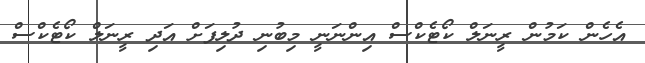
އެހެން ކަމުން ރީނަލް ކޯޓެކްސް އިންނަނީ މިބުނި ދުލިފަށް އަދި ރީނަލް ކޯޓެކްސް